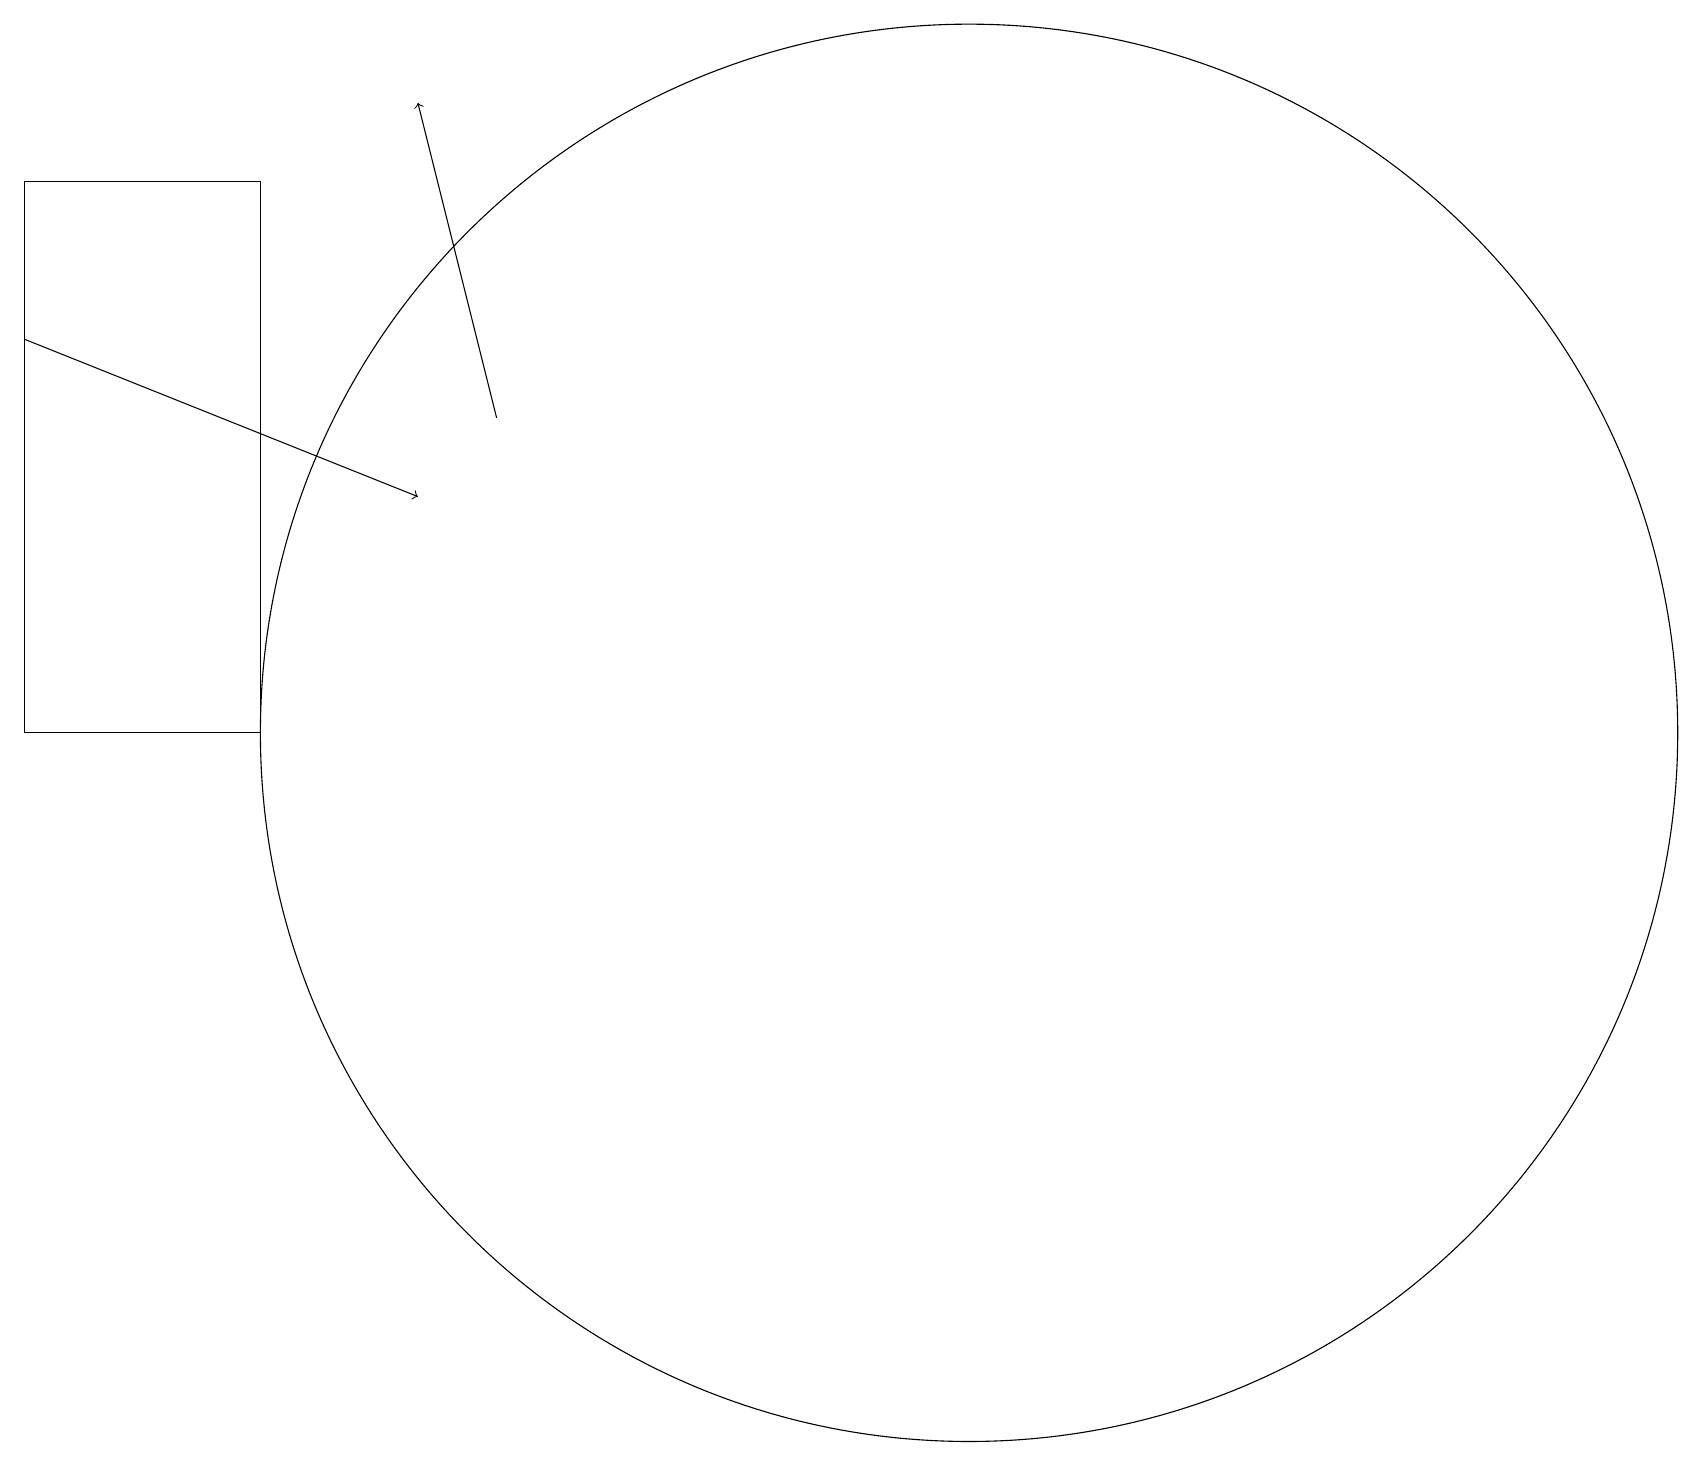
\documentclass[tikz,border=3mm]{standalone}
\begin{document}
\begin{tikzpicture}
\draw[->] (0,15) -- (5,13);
\draw[->] (6,14) -- (5,18);
\draw (12,10) circle (9);
\draw (0,17) rectangle (3,10);
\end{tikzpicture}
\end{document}